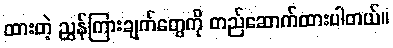
ထားတဲ့ ညွှန်ကြားချက်တွေကို တည်ဆောက်ထားပါတယ်။